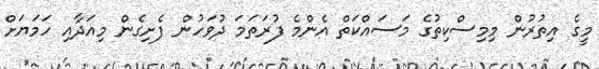
މީގެ އިތުރުން މިމިސްކިތުގެ މަސައްކަތް އެންމެ ފުރަތަމަ ދުވަހުން ފެށިގެން މިއަދާއި ހަމަޔަށް